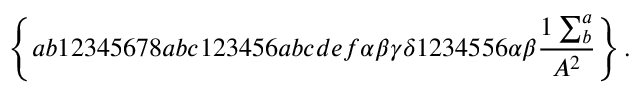
\left\{ a b 1 2 3 4 5 6 7 8 a b c 1 2 3 4 5 6 a b c d e f \alpha \beta \gamma \delta 1 2 3 4 5 5 6 \alpha \beta \frac { 1 \sum _ { b } ^ { a } } { A ^ { 2 } } \right\} .